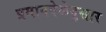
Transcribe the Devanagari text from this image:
प्रमानवेळेनुसार